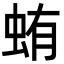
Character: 蛕